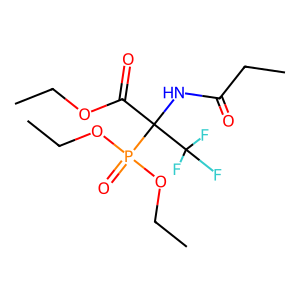
SMILES: CCOC(=O)C(NC(=O)CC)(C(F)(F)F)P(=O)(OCC)OCC
Inhibits HIV replication: No